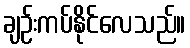
ချဉ်းကပ်နိုင်လေသည်။